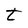
Character: t